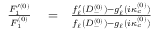
\begin{array} { r l r } { \frac { F _ { 1 } ^ { \prime ( 0 ) } } { F _ { 1 } ^ { ( 0 ) } } } & { { } = } & { \frac { f _ { \ell } ^ { \prime } ( D _ { - } ^ { ( 0 ) } ) - g _ { \ell } ^ { \prime } ( i \kappa _ { c } ^ { ( 0 ) } ) } { f _ { \ell } ( D _ { - } ^ { ( 0 ) } ) - g _ { \ell } ( i \kappa _ { c } ^ { ( 0 ) } ) } } \end{array}